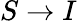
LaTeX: S\rightarrow I